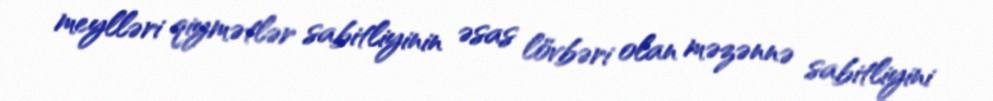
meylləri qiymətlər sabitliyinin əsas lövbəri olan məzənnə sabitliyini